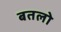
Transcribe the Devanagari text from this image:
बतलो